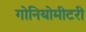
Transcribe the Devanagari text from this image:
गोनियोमीटरी